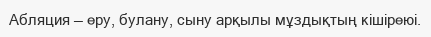
Абляция — еру, булану, сыну арқылы мұздықтың кішіреюі.